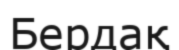
Бердақ